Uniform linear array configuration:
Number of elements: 32
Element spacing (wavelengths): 0.25
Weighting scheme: kaiser
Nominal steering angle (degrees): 30
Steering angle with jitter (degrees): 28.954
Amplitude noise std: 0.05
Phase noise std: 0.05

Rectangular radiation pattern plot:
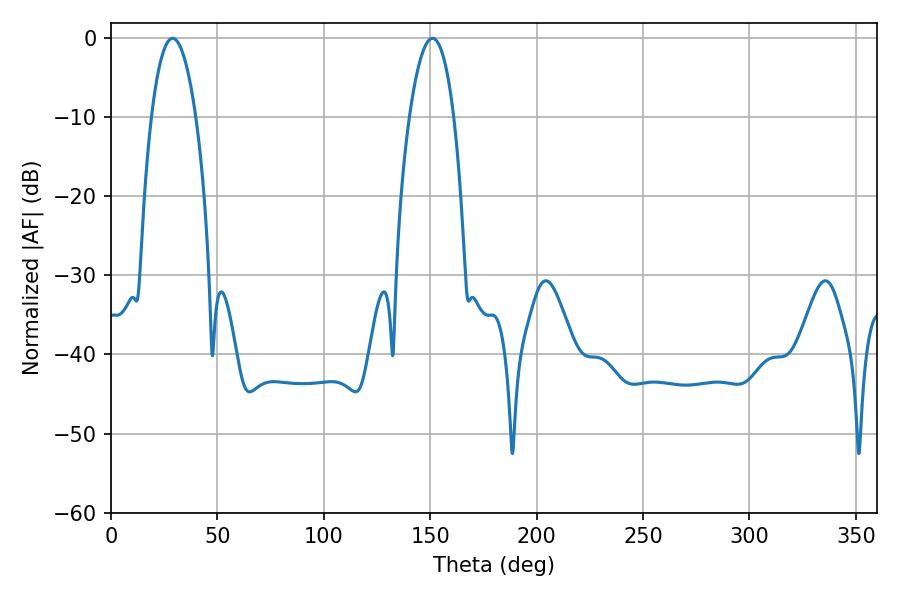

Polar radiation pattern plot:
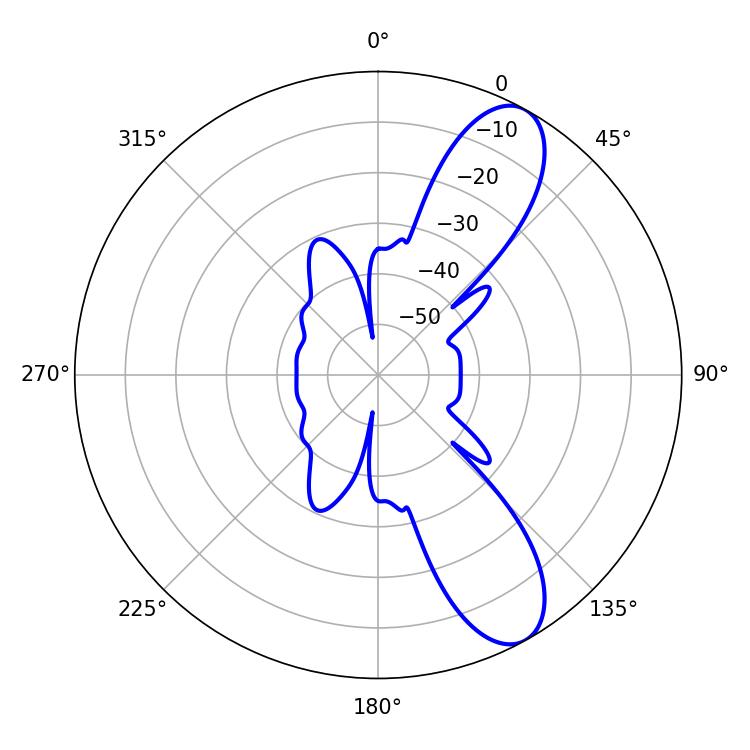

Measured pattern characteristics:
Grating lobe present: FALSE
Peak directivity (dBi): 9.794
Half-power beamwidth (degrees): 11.7
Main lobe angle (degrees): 28.98